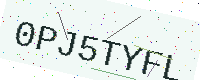
Text: 0PJ5TYFL